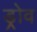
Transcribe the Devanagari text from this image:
ड्रोव